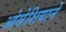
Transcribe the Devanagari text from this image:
ओसेशियाने